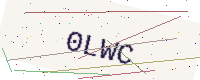
Text: 0LWC